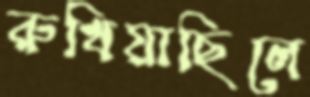
রুখিয়াছিলে